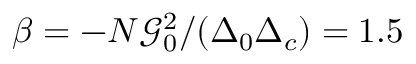
\beta = - N \mathcal { G } _ { 0 } ^ { 2 } / ( \Delta _ { 0 } \Delta _ { c } ) = 1 . 5